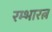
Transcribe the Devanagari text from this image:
रम्भारत्न